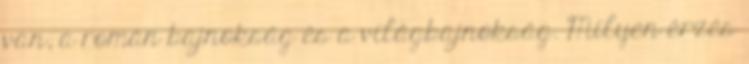
van, a román bajnokság és a világbajnokság. Milyen érzés